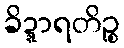
ခိဍ္ဍာရတိဉ္စ